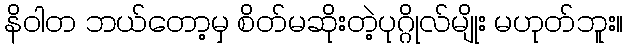
နိဝါတ ဘယ်တော့မှ စိတ်မဆိုးတဲ့ပုဂ္ဂိုလ်မျိုး မဟုတ်ဘူး။